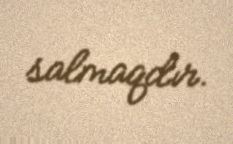
salmaqdır.